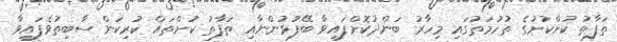
ތަފާތު ކުށްކުށުގެ ތުހުމަތުގައި މިހާރު ބަންދުކޮށްފައިވާ ބޭފުޅުންނާއި ތަފާތު ކުށްތައް ކުރިކަން ސާބިތުވެފައިވާ